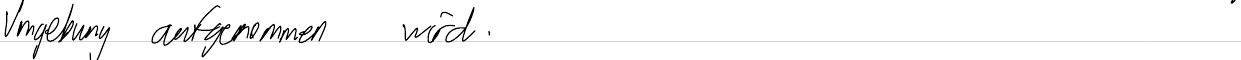
Umgebung aufgenommen wird.